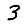
Digit: 3